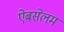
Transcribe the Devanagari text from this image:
ऐबसेलम